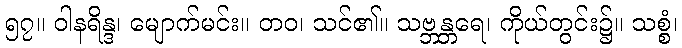
၅၇။ ဝါနရိန္ဒ၊ မျောက်မင်း။ တဝ၊ သင်၏။ သဗ္ဘန္တရေ၊ ကိုယ်တွင်း၌။ သစ္စံ၊